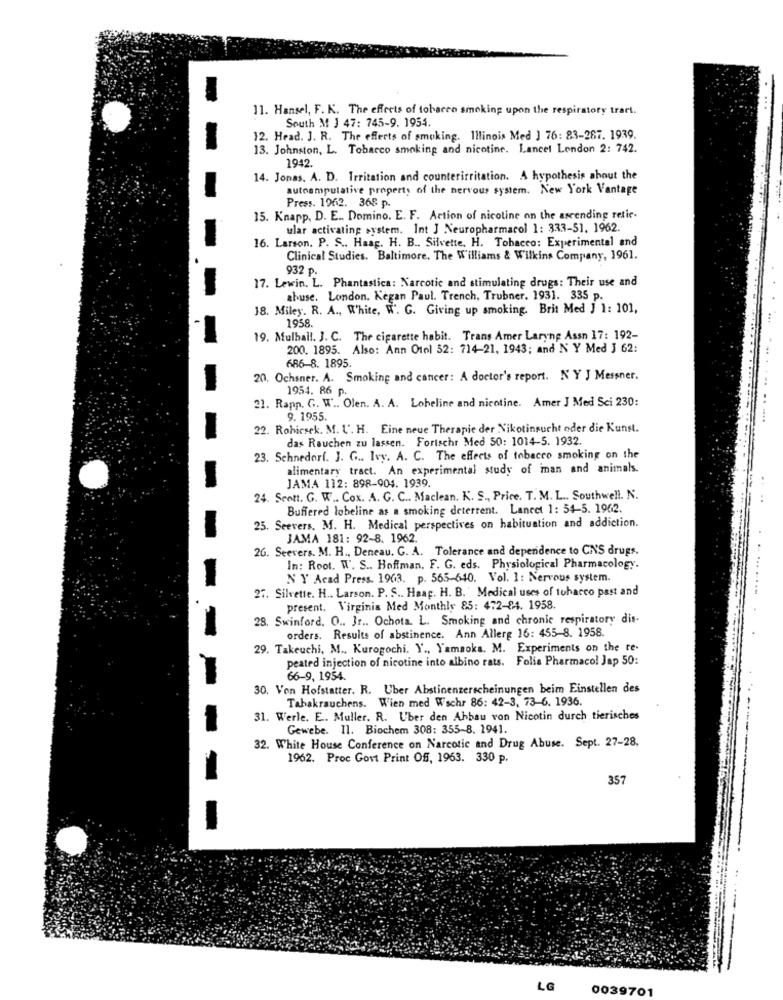
11. Hansel, F. K. The effects of tobacco smoking upon the respiratory tract.
South M J 47: 745-9. 1954.
12. Head. J. R. The effects of smoking. Illinois Med ] 76: 83-267. 1939.
13. Johnston, L. Tobacco smoking and nicotine. Lancet London 2: 742.
1942.
14. Jonas. A. D. Irritation and counterirritation. A hypothesis about the
autoampulative property of the nervous system. New York Vantage
Press. 1962. 368 p.
15. Knapp, D. E .. Domino. E. F. Action of nicotine on the ascending retic.
ular activating system. Int J Neuropharmacol 1: 333-51. 1962.
16. Larson. P. S .. Haag. H. B .. Silvette. H. Tobacco: Experimental and
Clinical Studies. Baltimore. The Williams & Wilkins Company, 1961.
932 p.
17. Lewin. L. Phantastica: Narcotic and stimulating drugs: Their use and
abuse. London. Kegan Paul. Trench. Trubner. 1931. 335 p.
18. Miley. R. A ., White, W. G. Giving up smoking. Brit Med J 1: 101,
1958.
19. Mulball. J. C. The cigarette habit. Trans Amer Laryng Assn 17: 192-
200. 1895. Also: Ann Otol 52: 714-21, 1943; and N Y Med J 62:
686-8. 1895.
20. Ochsner. A. Smoking and cancer: A doctor's report. N Y J Messner.
1954. 86 p.
21. Rapp. G. W .. Olen. A. A. Loheline and nicotine. Amer J Med Sci 230:
9. 1955.
22. Rohicsek. M. L'. H. Eine neue Therapie der Nikotinsucht oder die Kunst.
das Rauchen zu lassen. Forischr Med 50: 1014-5. 1932.
23. Schnedorf. J. G .. Ivy. A. C. The effects of tobacco smoking on the
alimentary tract. An experimental study of man and animals.
JAMA 112: 898-904. 1939.
24. Scott. G. W .. Cox. A. G. C .. Maclean. K. S ., Price. T. M. L .. Southwell. N.
..
Buffered lobeline as a smoking deterrent. Lancet 1: 54-5. 1962.
25. Seevers. M. H. Medical perspectives on habituation and addiction.
JAMA 181: 92-8. 1962.
26. Seevers. M. H ., Deneau. C. A. Tolerance and dependence to CNS drugs.
In: Root. W. S .. Hoffman. F. G. eds. Physiological Pharmacology.
N Y Acad Press. 1963. p. 565-640. Vol. 1: Nervous system.
27. Silvette. H .. Larson. P. S .. Haag. H. B. Medical uses of tobacco past and
present. Virginia Med Monthly 85: 472-84. 1958.
28. Swinford. O .. Jr .. Ochota. L. Smoking and chronic respiratory dis-
orders. Results of abstinence. Ann Allerg 16: 455-8. 1958.
29. Takeuchi, M ., Kurogochi. Y ., Yamaoka. M. Experiments on the te.
peated injection of nicotine into albino rats. Folia Pharmaco! Jap 50:
66-9, 1954.
30. Von Hofstatter. R. Uber Abstinenzerscheinungen beim Einstellen des
Tabakrauchens. Wien med Wschr 86: 42-3, 73-6. 1936.
31. Werle. E. Muller. R. Uber den Abbau von Nicotin durch tierisches
Gewebe. Il. Biochem 308: 355-8. 1941.
32. White House Conference on Narcotic and Drug Abuse. Sept. 27-28.
1962. Proc Govt Print Of, 1963. 330 p.
357
LG
0039701